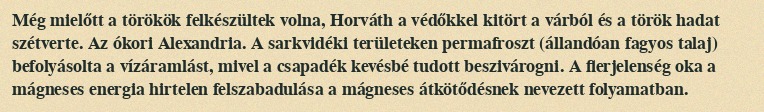
Még mielőtt a törökök felkészültek volna, Horváth a védőkkel kitört a várból és a török hadat szétverte. Az ókori Alexandria. A sarkvidéki területeken permafroszt (állandóan fagyos talaj) befolyásolta a vízáramlást, mivel a csapadék kevésbé tudott beszivárogni. A flerjelenség oka a mágneses energia hirtelen felszabadulása a mágneses átkötődésnek nevezett folyamatban.